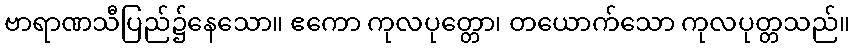
ဗာရာဏသီပြည်၌နေသော။ ဧကော ကုလပုတ္တော၊ တယောက်သော ကုလပုတ္တသည်။